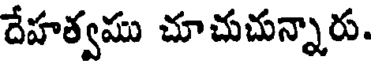
దేహశ్వము చూచుచున్నారు.